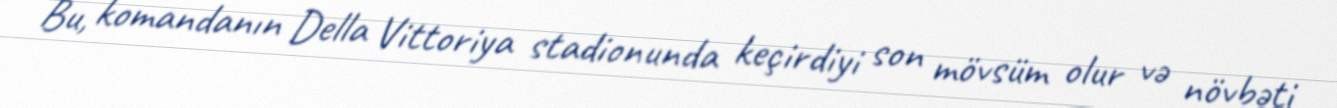
Bu, komandanın Della Vittoriya stadionunda keçirdiyi son mövsüm olur və növbəti